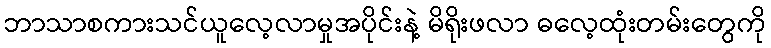
ဘာသာစကားသင်ယူလေ့လာမှုအပိုင်းနဲ့ မိရိုးဖလာ ဓလေ့ထုံးတမ်းတွေကို